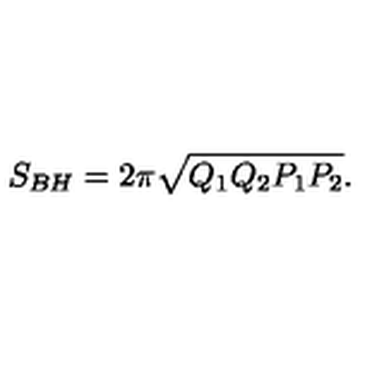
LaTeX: S _ { B H } = 2 \pi \sqrt { Q _ { 1 } Q _ { 2 } P _ { 1 } P _ { 2 } } .